Annual administration report of the Civil Veterinary Department of India - 1897-1898
Year: 1897
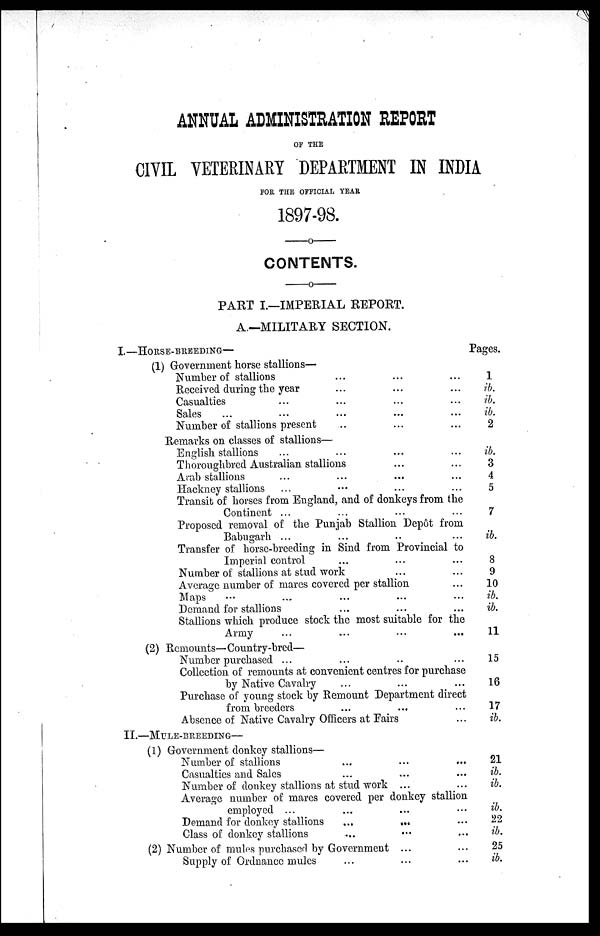
ANNUAL ADMINISTRATION REPORT
OF THE
CIVIL VETERINARY DEPARTMENT IN INDIA
FOR, THE OFFICIAL YEAR
1897-98.
—o—
CONTENTS.
—o—
PART I.—IMPERIAL REPORT.
A.—MILITARY SECTION.
I.—HORSE-BREEDING—
(1) Government horse stallions—
Number of stallions ... ... ...
Received during the year ... ... ...
Casualties ... ... ... ...
Sales ... ... ... ... ...
Number of stallions present ... ... ...
Remarks on classes of stallions—
English stallions ... ... ... ...
Thoroughbred Australian stallions ... ...
Arab stallions ... ... ... ...
Hackney stallions ... ... ... ...
Transit of horses from England, and of donkeys from the
Continent ... ... ... ...
Proposed removal of the Punjab Stallion Depôt from
Babugarh ... ... .. ...
Transfer of horse-breeding in Sind from Provincial to
Imperial control ... ... ...
Number of stallions at stud work ... ...
Average number of mares covered per stallion ...
Maps ... ... ... ... ...
Demand for stallions ... ... ...
Stallions which produce stock the most suitable for the
Army ... ... ... ...
(2) Remounts—Country-bred—
Number purchased ... ... ... ...
Collection of remounts at convenient centres for purchase
by Native Cavalry ... ... ...
Purchase of young stock by Remount Department direct
from breeders ... ... ...
Absence of Native Cavalry Officers at Fairs ...
II.—MULE-BREEDING—
(1) Government donkey stallions—
Number of stallions ... ... ...
Casualties and Sales ... ... ...
Number of donkey stallions at stud work ... ...
Average number of mares covered per donkey stallion
employed ... ... ... ...
Demand for donkey stallions
...
... ...
Class of donkey stallions ... ... ...
(2) Number of mules purchased by Government ... ... ...
Supply of Ordnance mules ... ... ...
Pages.
1
ib.
ib.
ib.
2
ib.
3
4
5
7
ib.
8
9
10
ib.
ib.
11
15
16
17
ib.
21
ib.
ib.
ib.
22
ib.
25
ib.